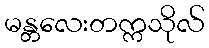
မန္တလေးတက္ကသိုလ်